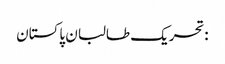
:تحریک طالبان پاکستان